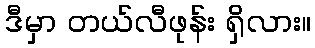
ဒီမှာ တယ်လီဖုန်း ရှိလား။